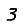
Digit: 3